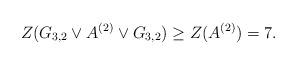
\begin{align*} Z(G_{3,2}\vee A^{(2)} \vee G_{3,2}) \geq Z(A^{(2)}) =7. \end{align*}